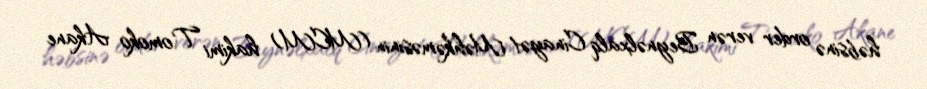
həbsinə order verən Beynəlxalq Cinayət Məhkəməsinin (MCM) hakimi Tomoko Akane